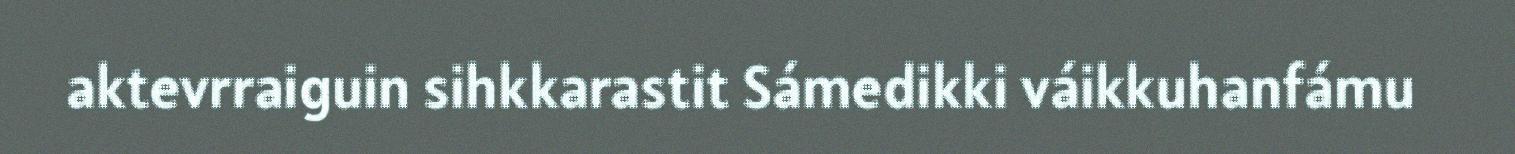
aktevrraiguin sihkkarastit Sámedikki váikkuhanfámu